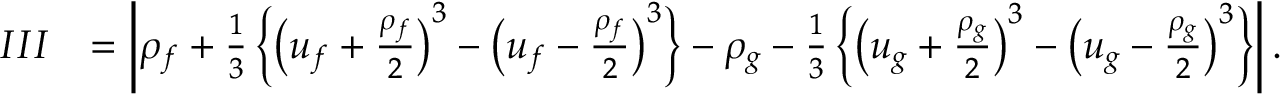
\begin{array} { r l } { I I I } & { = \left| \rho _ { f } + \frac 1 3 \left\{ \left( u _ { f } + \frac { \rho _ { f } } { 2 } \right) ^ { 3 } - \left( u _ { f } - \frac { \rho _ { f } } { 2 } \right) ^ { 3 } \right\} - \rho _ { g } - \frac 1 3 \left\{ \left( u _ { g } + \frac { \rho _ { g } } { 2 } \right) ^ { 3 } - \left( u _ { g } - \frac { \rho _ { g } } { 2 } \right) ^ { 3 } \right\} \right| . } \end{array}